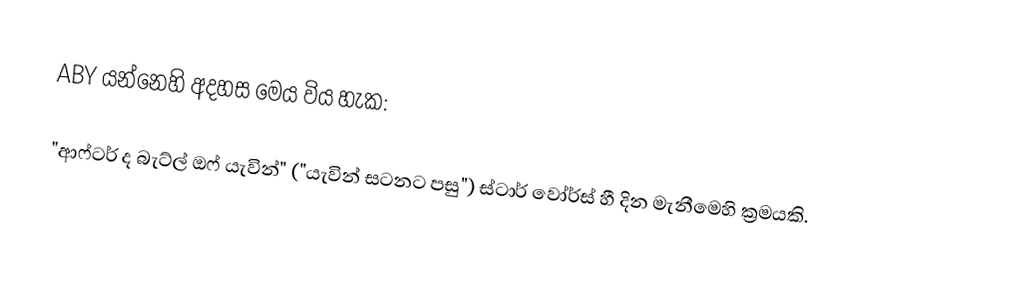
ABY යන්නෙහි අදහස මෙය විය හැක:

 "ආෆ්ටර් ද බැට්ල් ඔෆ් යැවින්" ("යැවින් සටනට පසු") ස්ටාර් වෝර්ස් හී දින මැනීමෙහි ක්‍රමයකි.